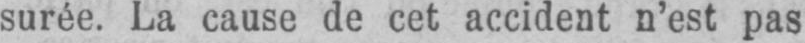
surée. La cause de cet accident n’est pas